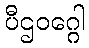
ပီဌဝဂ္ဂေါ